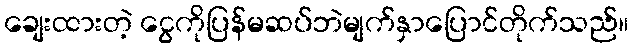
ချေးထားတဲ့ ငွေကိုပြန်မဆပ်ဘဲမျက်နှာပြောင်တိုက်သည်။